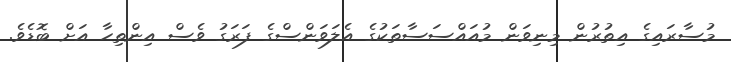
މުސާރައިގެ އިތުރުން މިނިވަން މުއައްސަސާތަކުގެ އެލަވަންސްގެ ފަރަގު ވެސް އިންތިހާ އަށް ބޮޑެވެ.